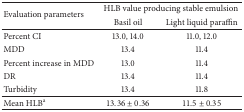
| <ROWSPAN=2> Evaluation parameters | <COLSPAN=2> HLB value producing stable emulsion |
 | Basil oil | Light liquid paraffin |
 | --- | --- | --- |
 | Percent CI | 13.0, 14.0 | 11.0, 12.0 |
 | MDD | 13.4 | 11.4 |
 | Percent increase in MDD | 13.0 | 11.4 |
 | DR | 13.4 | 11.4 |
 | Turbidity | 13.4 | 11.8 |
 | Mean HLBa | 13.36 ± 0.36 | 11.5 ± 0.35 |